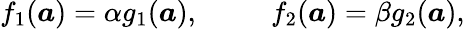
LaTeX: \begin{array}{r}{f_{1}(\boldsymbol{a})=\alpha g_{1}(\boldsymbol{a}),\ \ \ \ \ \ \ \ \ \ f_{2}(\boldsymbol{a})=\beta g_{2}(\boldsymbol{a}),}\end{array}